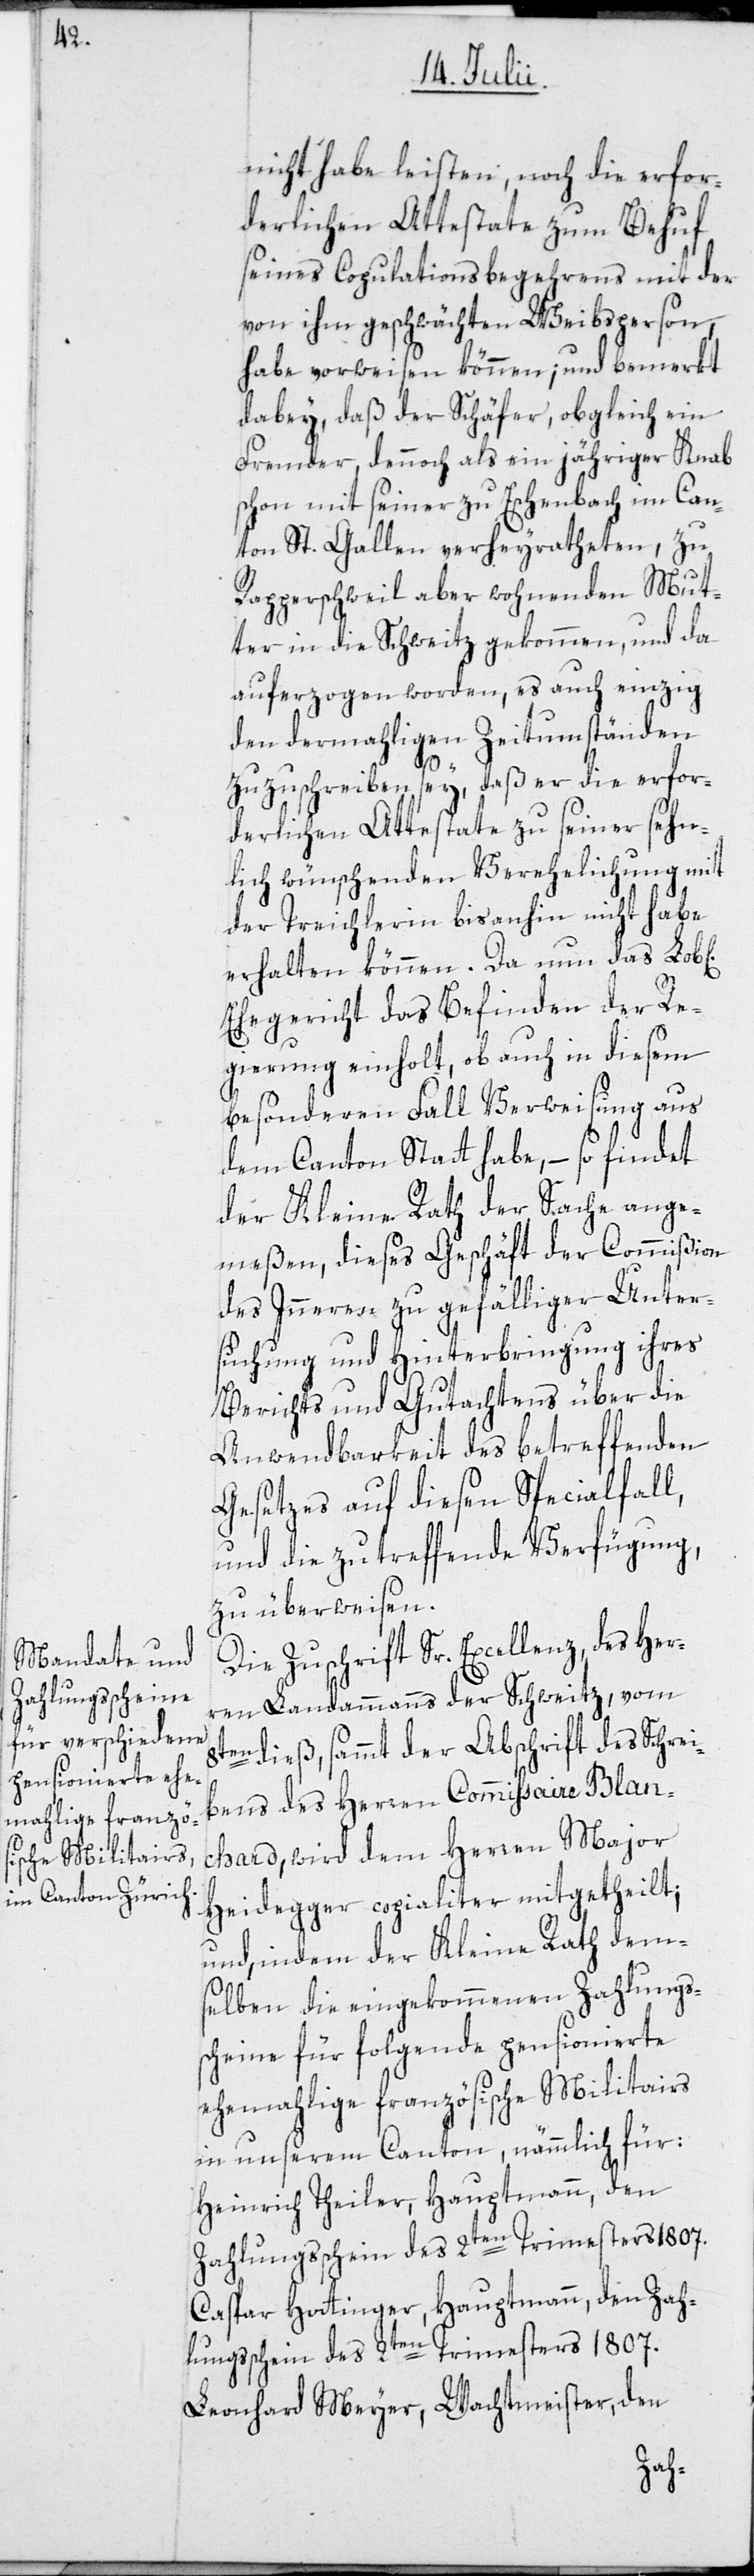
nicht habe leisten, noch die erfor¬
derlichen Attestate zum Behuf
seines Copulationsbegehrens mit der
von ihm geschwächten Weibsperson,
habe vorweisen können; und bemerkt
dabey, daß der Schäfer, obgleich ein
Fremder, dennoch als ein jähriger Knab
schon mit seiner zu Eschenbach im Can¬
ton St. Gallen verheyratheten, zu
Rapperschweil aber wohnenden Mut¬
ter in die Schweitz gekommen, und da
auferzogen worden, es auch einzig
den dermahligen Zeitumständen
che]
zuzuschreiben sey, daß er die erfor¬
derlichen Attestate zu seiner sehn¬
lich wünschenden Verehelichung mit
der Treichlerin bis anhin nicht habe
erhalten können. Da nun das Lob[li¬
Ehegericht das Befinden der Re¬
gierung einholt, ob auch in diesem
besonderen Fall Verweisung aus
dem Canton Statt habe, – so findet
der Kleine Rath der Sache ange¬
meßen, dieses Geschäft der Commißion
des Inneren zu gefälliger Unter¬
suchung und Hinterbringung ihres
Berichts und Gutachtens über die
Anwendbarkeit des betreffenden
Gesetzes auf diesen Specialfall,
und die zu treffende Verfügung
zu überweisen.
Die Zuschrift Sr. Excellenz, des Her¬
ren Landammanns der Schweitz, vom
8ten dieß, sammt der Abschrift des Schrei¬
bens des Herren Commissaire Blan¬
chard, wird dem Herren Major
Heidegger copialiter mitgetheilt;
und, indem der Kleine Rath dem¬
selben die eingekommenen Zahlungs¬
scheine für folgende pensionierte
ehemahlige französische Militairs
in unserem Canton, nämmlich für:
Heinrich Theiler, Hauptmann, den
Zahlungsschein des 2ten Trimesters 1807.
Caspar Hottinger, Hauptmann, den Zah¬
lungsschein des 2ten Trimesters 1807.
Leonhard Meyer, Wachtmeister, den